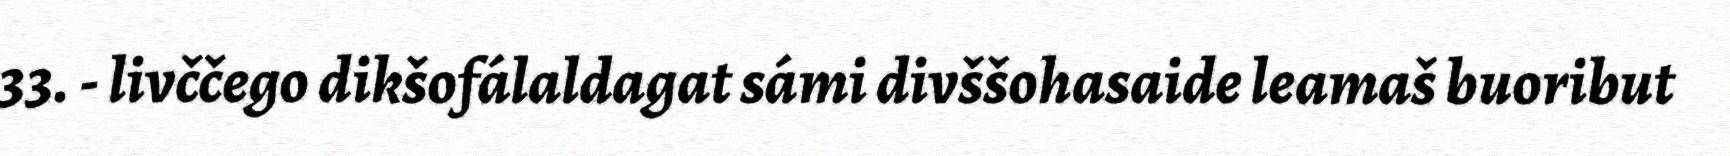
33. - livččego dikšofálaldagat sámi divššohasaide leamaš buoribut